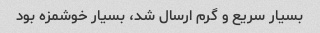
بسیار سریع و گرم ارسال شد، بسیار خوشمزه بود